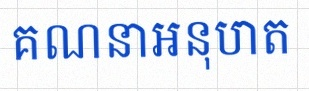
គណនាអនុបាត